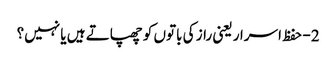
2- حفظ اسرار یعنی راز کی باتوں کو چھپاتے ہیں یا نہیں؟